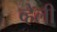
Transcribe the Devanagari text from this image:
व्हेली